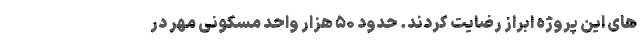
های این پروژه ابراز رضایت کردند. حدود ۵۰ هزار واحد مسکونی مهر در